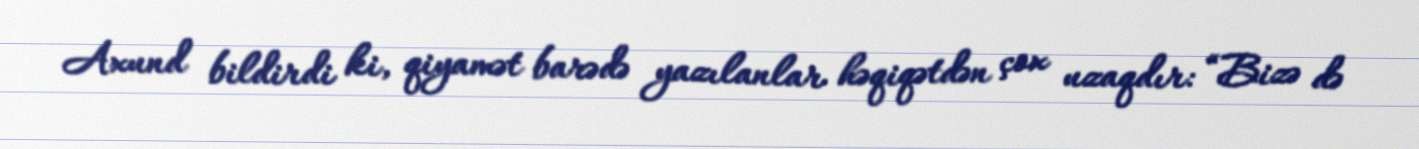
Axund bildirdi ki, qiyamət barədə yazılanlar həqiqətdən çox uzaqdır: “Bizə də